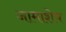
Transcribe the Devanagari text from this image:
नामाशेष